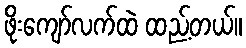
ဖိုးကျော်လက်ထဲ ထည့်တယ်။